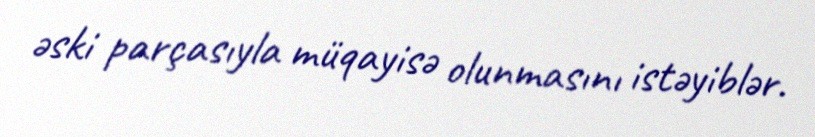
əski parçasıyla müqayisə olunmasını istəyiblər.